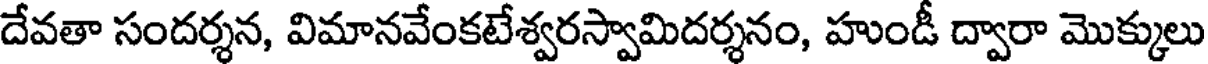
దేవతా సందర్శన, విమానవేంకటేశ్వరస్వామిదర్శనం, హుండీ ద్వారా మొక్కులు